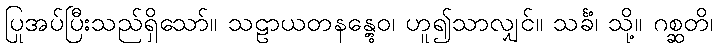
ပြုအပ်ပြီးသည်ရှိသော်။ သဠာယတနန္တွေဝ၊ ဟူ၍သာလျှင်။ သင်္ခံ၊ သို့။ ဂစ္ဆတိ၊